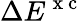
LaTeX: \Delta E^{\mathrm{~x~c~}}